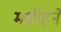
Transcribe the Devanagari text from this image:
मसीहने